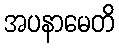
အပနာမေတိ